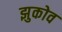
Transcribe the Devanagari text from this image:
झुकोव